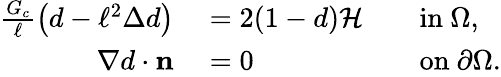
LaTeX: \begin{array}{rlrl}{\frac{G_{c}}{\ell}\left(d-\ell^{2}\Delta d\right)}&{{}=2(1-d)\mathcal{H}}&{}&{{}\mathrm{in}\ \Omega,}\\ {\nabla d\cdot\mathbf{n}}&{{}=0}&{}&{{}\mathrm{on}\ \partial\Omega.}\end{array}